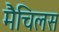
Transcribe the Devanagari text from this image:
मैचिलस